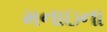
મનાઇના